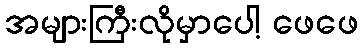
အများကြီးလိုမှာပေါ့ ဖေဖေ